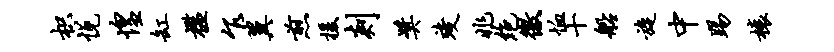
枳悦惶缸槛乍翼煎援剡奖竣兆绝徼恤十船旋中踢榱